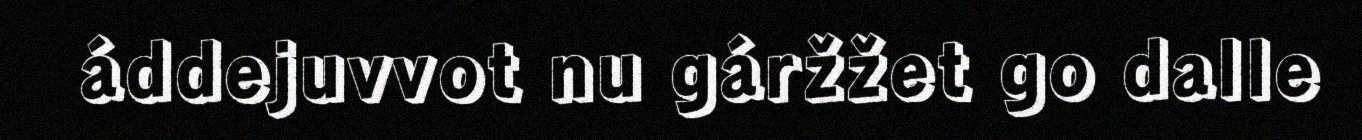
áddejuvvot nu gáržžet go dalle